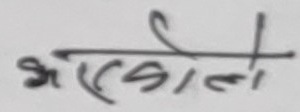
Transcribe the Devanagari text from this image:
भेकोलो